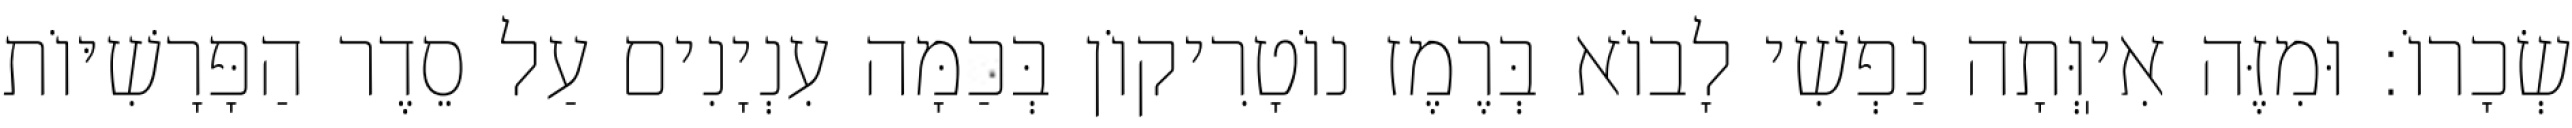
שְׂכָרוֹ: וּמִזֶּה אִיֽוְּתָה נַפְשִׁי לָבוֹא בְּרֶמֶז נוֹטָרִיקוֹן בְּכַמָּה עִנְיָנִים עַל סֵדֶר הַפָּרָשִׁיּוֹת